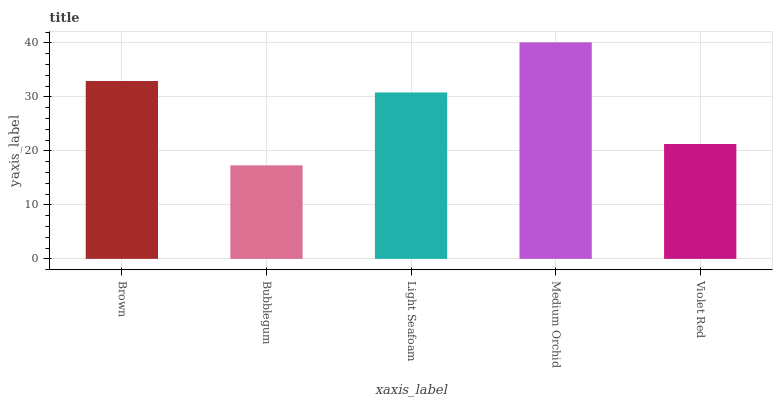
| xaxis_label | bars |
 | --- | --- |
 | Brown | 32.9 |
 | Bubblegum | 17.3 |
 | Light Seafoam | 30.8 |
 | Medium Orchid | 40.1 |
 | Violet Red | 21.3 |